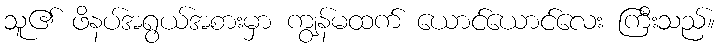
သူ၏ ဖိနပ်အရွယ်အစားမှာ ကျွန်မထက် ယောင်ယောင်လေး ကြီးသည်။